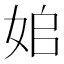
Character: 𡜥